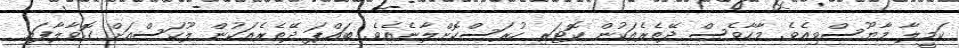
ކަމީލާ މާޔޫސްވިއެވެ. މާހާވެސް ދޭތެރެއަކުން ކޮޓަރި ހުރަސްކޮށްލާނެއެވެ. ބައްޕަ ދޭތެރެއަކުން ލޫކަސްއަށް ގޮވާލާފައި